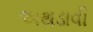
અથડાવી